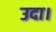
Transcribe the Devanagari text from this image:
उदा।